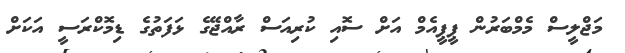
މަޖްލީސް މެމްބަރުން ޕީޕީއެމް އަށް ސޮއި ކުރިއަސް ރާއްޖޭގެ ޅަފަތުގެ ޑިމޮކްރަސީ އަކަށް